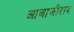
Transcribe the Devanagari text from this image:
आबाजीराव